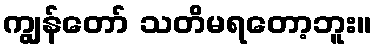
ကျွန်တော် သတိမရတော့ဘူး။